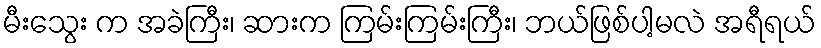
မီးသွေး က အခဲကြီး၊ ဆားက ကြမ်းကြမ်းကြီး၊ ဘယ်ဖြစ်ပါ့မလဲ အရီရယ်